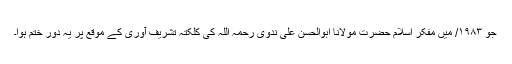
جو ۱۹۸۳/ میں مفکر اسلام حضرت مولانا ابوالحسن علی ندوی رحمہ اللہ کی کلکتہ تشریف آوری کے موقع پر یہ دور ختم ہوا۔